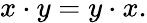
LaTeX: x\cdot y=y\cdot x.